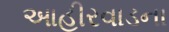
આહીરવાડના